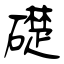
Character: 礎